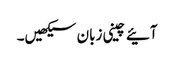
آئیے چینی زبان سیکھیں۔